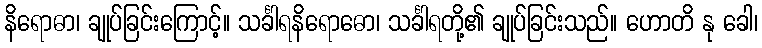
နိရောဓာ၊ ချုပ်ခြင်းကြောင့်။ သင်္ခါရနိရောဓော၊ သင်္ခါရတို့၏ ချုပ်ခြင်းသည်။ ဟောတိ နု ခေါ၊